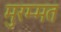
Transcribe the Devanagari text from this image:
मुरम्मत